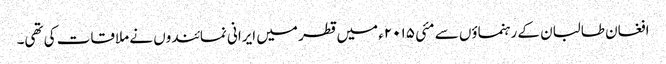
افغان طالبان کے رہنماؤں سے مئی ۲۰۱۵ء میں قطر میں ایرانی نمائندوں نے ملاقات کی تھی۔